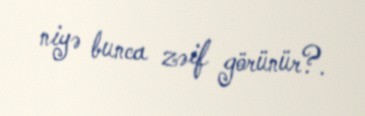
niyə bunca zəif görünür?.